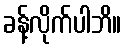
ခန့်လိုက်ပါဘိ။